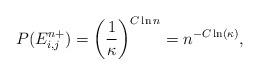
LaTeX: \begin{align*}P(E^{n+}_{i,j})=\left(\frac{1}{\kappa}\right)^{C\ln n}=n^{-C\ln(\kappa)},\end{align*}